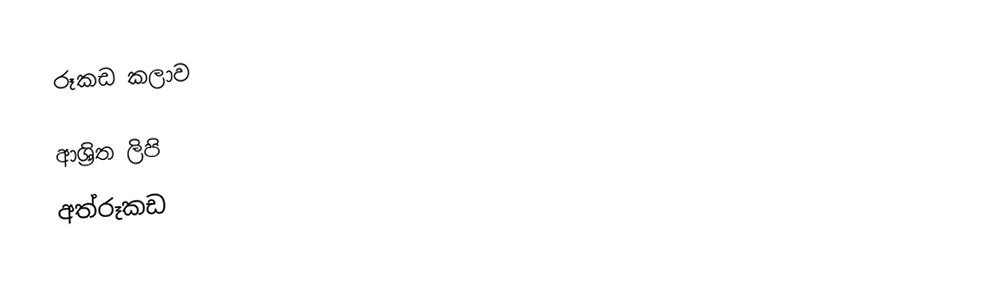
රූකඩ කලාව

ආශ්‍රිත ලිපි
 අත්රූකඩ